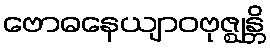
ဗောဓနေယျာဝဗုဇ္ဈန္တိ